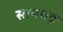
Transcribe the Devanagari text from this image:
सानघड़